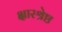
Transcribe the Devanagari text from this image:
क्षारश्रेष्ठ